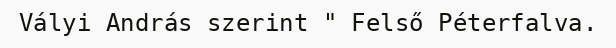
Vályi András szerint " Felső Péterfalva.